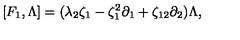
[ F _ { 1 } , \Lambda ] = ( \lambda _ { 2 } \zeta _ { 1 } - \zeta _ { 1 } ^ { 2 } \partial _ { 1 } + \zeta _ { 1 2 } \partial _ { 2 } ) \Lambda ,